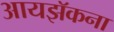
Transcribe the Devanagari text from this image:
आयझॅकना